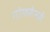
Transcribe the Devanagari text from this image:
गोफमैनमें